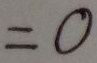
= 0